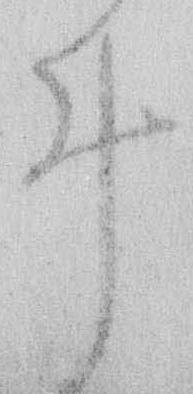
ゐ